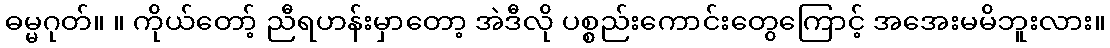
ဓမ္မဂုတ်။ ။ ကိုယ်တော့် ညီရဟန်းမှာတော့ အဲဒီလို ပစ္စည်းကောင်းတွေကြောင့် အအေးမမိဘူးလား။